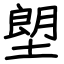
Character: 塱